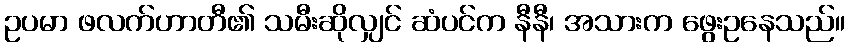
ဥပမာ ဖလက်ဟာတီ၏ သမီးဆိုလျှင် ဆံပင်က နီနီ၊ အသားက ဖွေးဥနေသည်။